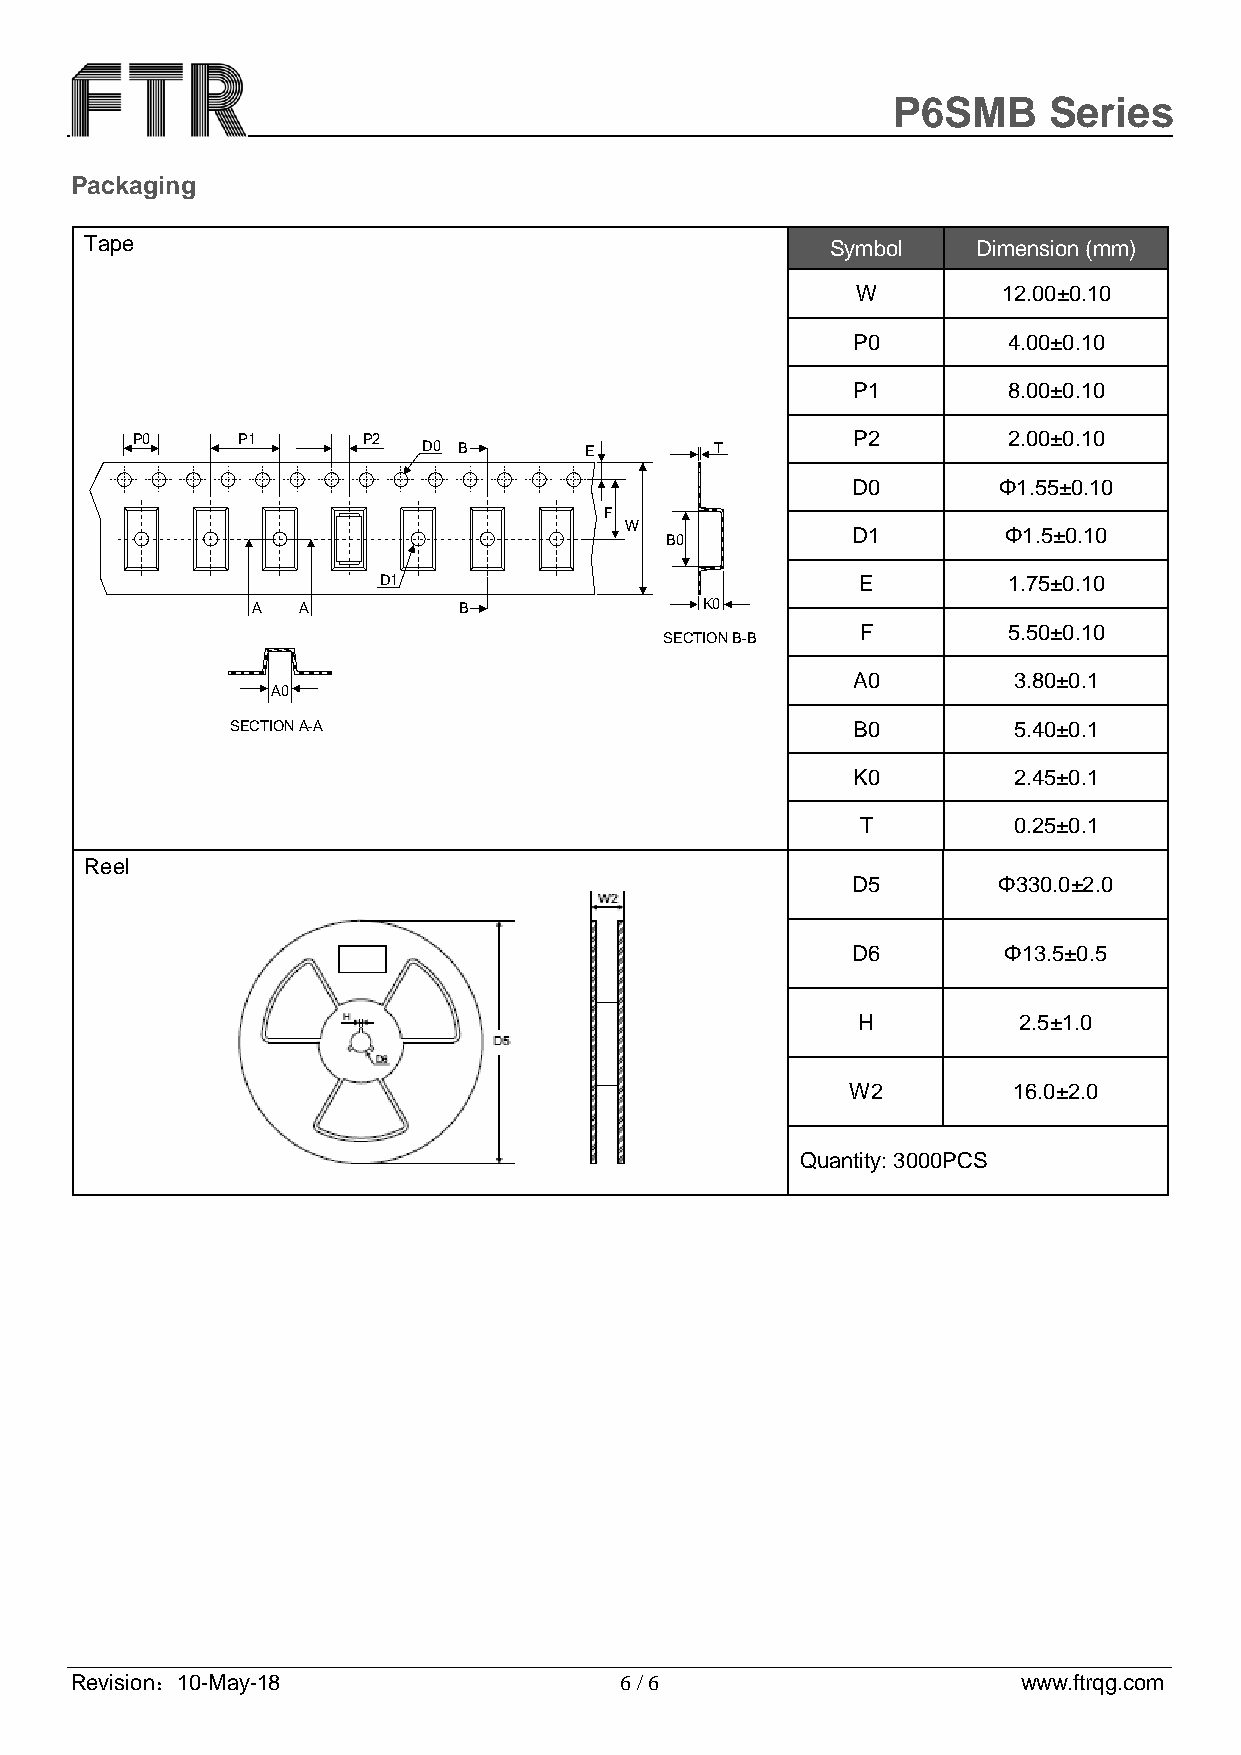
P6SMB     Series
 Packaging
 Tape                                             Symbol    Dimension (mm)
 W        12.00±0.10
 P0         4.00±0.10
 P1         8.00±0.10
 P0     P1      P2                              P2         2.00±0.10
 D0 B       E       T
 D0        Φ1.55±0.10
 F
 W
 D1        Φ1.5±0.10
 B0
 D1                              E         1.75±0.10
 A  A         B               K0
 F         5.50±0.10
 SECTION B-B
 A0         3.80±0.1
 A0
 SECTION A-A                              B0         5.40±0.1
 K0         2.45±0.1
 T         0.25±0.1
 Reel
 D5        Φ330.0±2.0
 D6        Φ13.5±0.5
 H         2.5±1.0
 W2         16.0±2.0
 Quantity: 3000PCS
 Revision：10-May-18                  6 / 6                      www.ftrqg.com